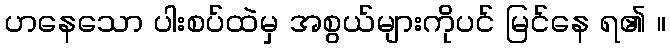
ဟနေသော ပါးစပ်ထဲမှ အစွယ်များကိုပင် မြင်နေ ရ၏ ။